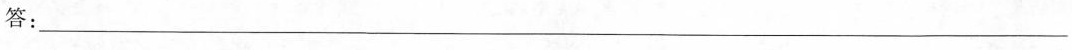
答：___